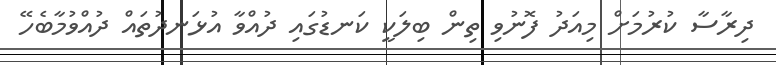
ދިރާސާ ކުރުމަށް މިއަދު ފޮނުވި ތިން ބިލަކީ ކަނޑުގައި ދުއްވާ އުޅަނދުތައް ދުއްވުމާބެހޭ